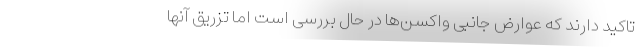
تاکید دارند که عوارض جانبی واکسن‌ها در حال بررسی است اما تزریق آنها